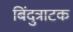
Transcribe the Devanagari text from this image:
बिंदुत्राटक